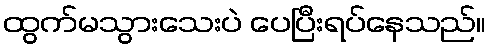
ထွက်မသွားသေးပဲ ပေပြီးရပ်နေသည်။